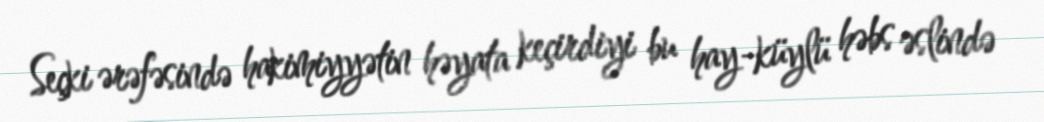
Seçki ərəfəsində hakimiyyətin həyata keçirdiyi bu hay-küylü həbs əslində